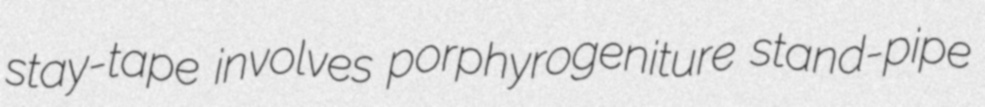
stay-tape involves porphyrogeniture stand-pipe